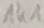
Text: 1K1